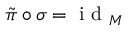
\tilde { \pi } \circ \sigma = \mathrm { ~ i ~ d ~ } _ { M }